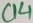
Text: C14